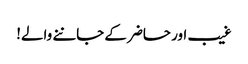
غیب اور حاضر کے جاننے والے!